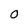
Character: O